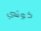
كوشي